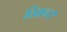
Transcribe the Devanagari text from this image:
दिवान।